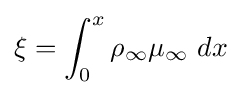
\xi =\int _{0}^{x}\rho _{\infty }\mu _{\infty }\ dx